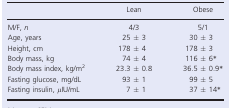
<table><thead><tr><td></td><td><b>Lean</b></td><td><b>Obese</b></td></tr></thead><tbody><tr><td>M/F, <i>n</i></td><td>4/3</td><td>5/1</td></tr><tr><td>Age, years</td><td>25 ± 3</td><td>30 ± 3</td></tr><tr><td>Height, cm</td><td>178 ± 4</td><td>178 ± 3</td></tr><tr><td>Body mass, kg</td><td>74 ± 4</td><td>116 ± 6*</td></tr><tr><td>Body mass index, kg/m<sup>2</sup></td><td>23.3 ± 0.8</td><td>36.5 ± 0.9*</td></tr><tr><td>Fasting glucose, mg/dL</td><td>93 ± 1</td><td>99 ± 5</td></tr><tr><td>Fasting insulin, <i>μ</i>IU/mL</td><td>7 ± 1</td><td>37 ± 14*</td></tr></tbody></table>